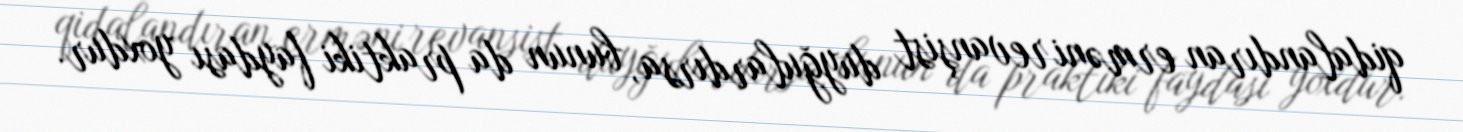
qidalandıran erməni revanşist duyğulardırsa, bunun da praktiki faydası yoxdur.